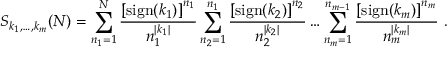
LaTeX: S _ { k _ { 1 } , \ldots , k _ { m } } ( N ) = \sum _ { n _ { 1 } = 1 } ^ { N } \frac { \left[ \mathrm { s i g n } ( k _ { 1 } ) \right] ^ { n _ { 1 } } } { n _ { 1 } ^ { | k _ { 1 } | } } \sum _ { n _ { 2 } = 1 } ^ { n _ { 1 } } \frac { \left[ \mathrm { s i g n } ( k _ { 2 } ) \right] ^ { n _ { 2 } } } { n _ { 2 } ^ { | k _ { 2 } | } } \ldots \sum _ { n _ { m } = 1 } ^ { n _ { m - 1 } } \frac { \left[ \mathrm { s i g n } ( k _ { m } ) \right] ^ { n _ { m } } } { n _ { m } ^ { | k _ { m } | } } ~ .